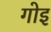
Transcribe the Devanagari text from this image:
गोइ